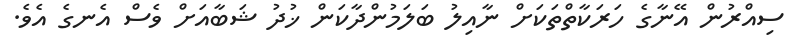
ސިއްރުން އޭނާގެ ހަރަކާތްތަކަށް ނާއިލު ބަލަމުންދާކަން ޚުދު ޝަބާއަށް ވެސް އެނގެ އެވެ.